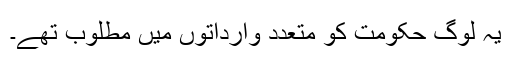
یہ لوگ حکومت کو متعدد وارداتوں میں مطلوب تھے۔